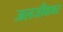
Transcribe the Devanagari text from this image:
जलजीवावर